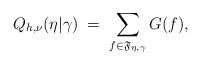
LaTeX: \begin{align*}Q_{h,\nu}(\eta |\gamma)\;=\;\sum_{f\in\mathfrak{F}_{\eta,\gamma}} G(f),\end{align*}